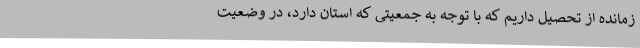
زمانده از تحصیل داریم که با توجه به جمعیتی که استان دارد، در وضعیت